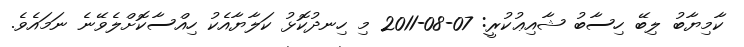
ކާމިޔާބު ލިބޭ ހިސާބު ޝާއިޢުކުރީ: 07-08-2011 މި ހިނދުކޮޅު ކަލާޔާއެކު ހިއްސާކޮށްލެވޭނެ ނަމައެވެ.